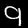
Label: 9